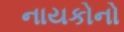
નાયકોનો